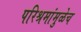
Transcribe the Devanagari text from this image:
परिश्रमांमुळेच